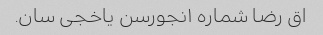
اق رضا شماره ۱نجورسن یاخجی سان.